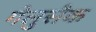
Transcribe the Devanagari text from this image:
गेलुसैक